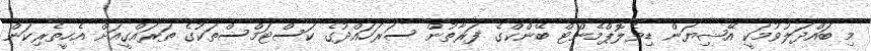
މި ބައްދަލުވުމަކީ އޭޝިޔަން ޑިވެލޮޕްމެންޓް ބޭންކްގެ ފަރާތުން ސަރަހައްދުގެ ކަސްޓަމްސްތަކުގެ ތަރައްގީއަށް އެހީތެރިކަން